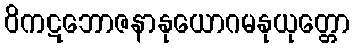
ဝိကဋဘောဇနာနုယောဂမနုယုတ္တော